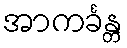
အာကင်္ခန္တ